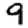
Digit: 9